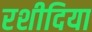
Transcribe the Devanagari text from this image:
रशीदिया